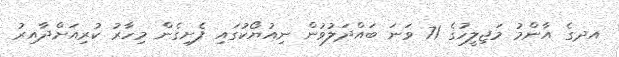
އދގެ އާންމު މަޖިލީހުގެ 71 ވަަނަ ބައްދަލުވުން ނިއުޔޯކުގައި ފެށިގެން މިހާރު ކުރިއަށްދާއިރު